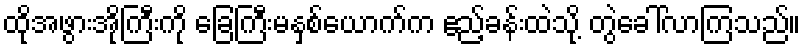
ထိုအဖွားအိုကြီးကို ခြေကြီးမနှစ်ယောက်က ဧည့်ခန်းထဲသို့ တွဲခေါ်လာကြသည်။